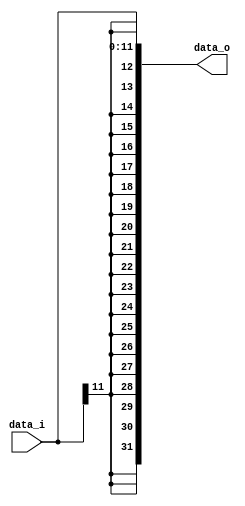
`ifndef SIGN_EXT_GUARD
`define SIGN_EXT_GUARD

// Should this even really be a module?
module sign_ext
  #(
    parameter XLEN = 32,
    parameter INPUT_LEN = 12
  )
  (
    input wire [INPUT_LEN-1:0] data_i,
    output wire [XLEN-1:0] data_o
  );

  assign data_o = {{XLEN-INPUT_LEN{data_i[INPUT_LEN-1]}}, data_i};

endmodule`endif // SIGN_EXT_GUARD